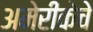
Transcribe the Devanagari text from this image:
अमेरीकेचे